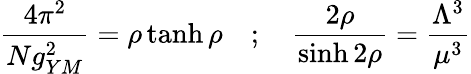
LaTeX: \frac{4\pi^{2}}{Ng_{YM}^{2}}=\rho\operatorname{tanh}\rho~~~~;~~~~\frac{2\rho}{\sinh 2\rho}=\frac{\Lambda^{3}}{\mu^{3}}